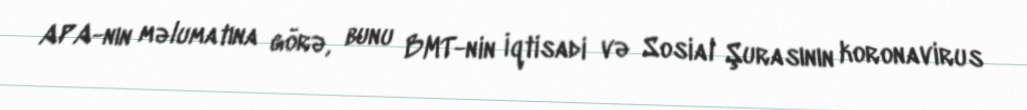
APA-nın məlumatına görə, bunu BMT-nin İqtisadi və Sosial Şurasının koronavirus